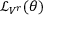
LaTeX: { \mathcal { L } } _ { V ^ { r } } ( \theta )